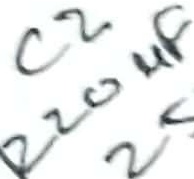
Text: 220µF